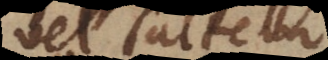
vel saltem